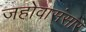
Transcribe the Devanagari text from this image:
जहोवासंसार